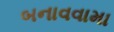
બનાવવામા